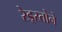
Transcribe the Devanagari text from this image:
रेड्स्तोने